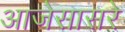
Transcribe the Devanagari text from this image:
आजेसासरे